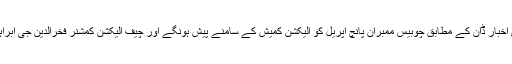
دوسری جانب انگریزی اخبار ڈان کے مطابق چوبیس ممبران پانچ اپریل کو الیکشن کمیش کے سامنے پیش ہونگے اور چیف الیکشن کمشنر فخرالدین جی ابراہیم ان کو خود سنیں گے۔